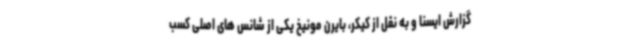
گزارش ایسنا و به نقل از کیکر، بایرن مونیخ یکی از شانس های اصلی کسب